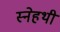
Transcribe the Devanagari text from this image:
स्नेहथी